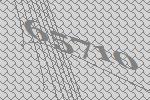
65710